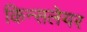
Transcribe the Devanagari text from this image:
किन्सलेयर